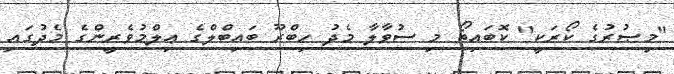
"މިޞުރުގެ ކޯރަކީ" ކޮބައިތޯ މި ސުވާލާ މެދު ހިބްރޫ ބައިބްލްގެ ޢިލްމުވެރީންގެ މެދުގައި